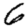
Digit: 6